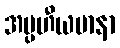
အပ္ပဟီယမာနာ